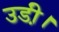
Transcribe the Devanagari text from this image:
उडी़ं।